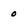
Character: 0